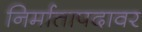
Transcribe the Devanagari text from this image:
निर्मातापदावर